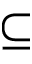
\subseteq